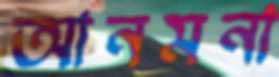
আনমনা